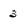
Character: 3